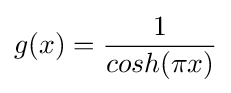
g(x)={\frac {1}{cosh(\pi x)}}